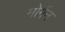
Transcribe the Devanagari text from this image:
मोर्गेन